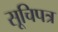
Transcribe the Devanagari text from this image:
सूचिपत्र